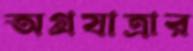
অগ্রযাত্রার